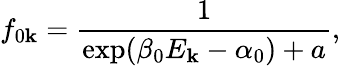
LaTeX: f_{0\mathbf{k}}=\frac{1}{\exp({\beta_{0}E_{\mathbf{k}}-\alpha_{0}})+a},